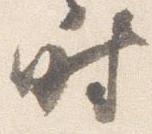
時